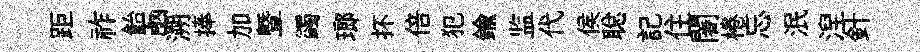
距祚飴凾溯捧加曁蠲瑯抔倍犯鍮监代侯聪記住闍棬忘泯湼針